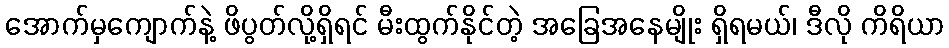
အောက်မှကျောက်နဲ့ ဖိပွတ်လို့ရှိရင် မီးထွက်နိုင်တဲ့ အခြေအနေမျိုး ရှိရမယ်၊ ဒီလို ကိရိယာ